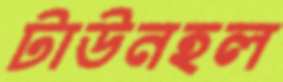
টাউনহল